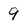
Character: 9